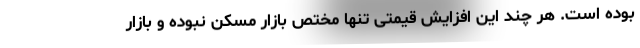
بوده است. هر چند این افزایش قیمتی تنها مختص بازار مسکن نبوده و بازار